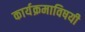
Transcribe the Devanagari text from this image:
कार्यक्रमाविषयी